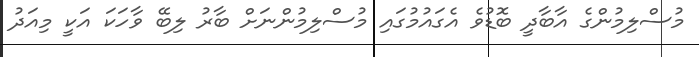
މުސްލިމުންގެ އާބާދީ ބޮޑުވެ އެގައުމުގައި މުސްލިމުންނަށް ބާރު ލިބޭ ވާހަކަ އަކީ މިއަދު